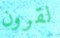
لقرون